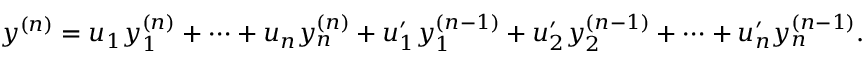
y ^ { ( n ) } = u _ { 1 } y _ { 1 } ^ { ( n ) } + \cdots + u _ { n } y _ { n } ^ { ( n ) } + u _ { 1 } ^ { \prime } y _ { 1 } ^ { ( n - 1 ) } + u _ { 2 } ^ { \prime } y _ { 2 } ^ { ( n - 1 ) } + \cdots + u _ { n } ^ { \prime } y _ { n } ^ { ( n - 1 ) } .